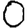
Digit: 0